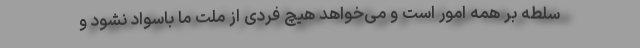
سلطه بر همه امور است و می‌خواهد هیچ فردی از ملت ما باسواد نشود و